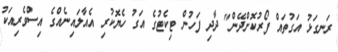
ރަނގަޅު އަގުތައް ފޯރުކޮށްދޭން" ދާދި ފަހުން ޓިކެޓުގެ އަގު ހެޔޮކުރި އެއާލައިނެއްގެ އިސްވެރިއަކު